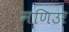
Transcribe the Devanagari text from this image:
मणिउर